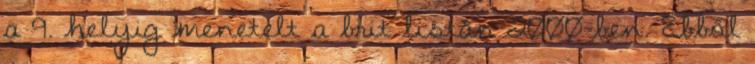
a 9. helyig menetelt a brit listán 2000-ben. Ebből